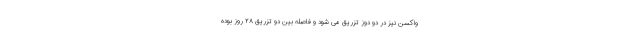
واکسن نیز در دو دوز تزریق می شود و فاصله بین دو تزریق ۲۸ روز بوده